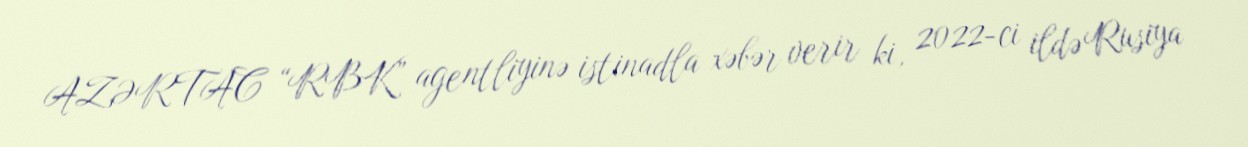
AZƏRTAC “RBK” agentliyinə istinadla xəbər verir ki, 2022-ci ildə Rusiya